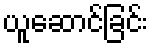
ယူဆောင်ခြင်း